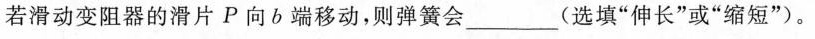
若滑动变阻器的滑片P向b端移动，则弹簧会___(选填”伸长”或”缩短”)。